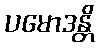
ပမောဒန္တိ